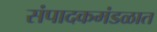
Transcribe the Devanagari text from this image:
संपादकमंडळात